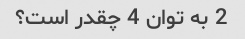
2 به توان 4 چقدر است؟